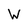
Character: W